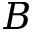
B